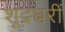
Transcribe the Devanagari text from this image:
शूद्रघरीं